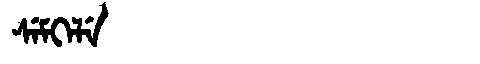
Manchu: ᠰᡝᠮᡴᡝᠯᡝ
Romanization: SEMKELE